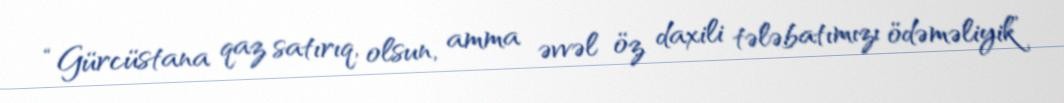
“Gürcüstana qaz satırıq, olsun, amma əvvəl öz daxili tələbatımızı ödəməliyik”